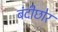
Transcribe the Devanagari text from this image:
बंदीछोर